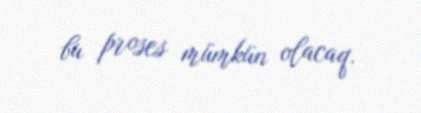
bu proses mümkün olacaq.